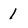
Character: 1